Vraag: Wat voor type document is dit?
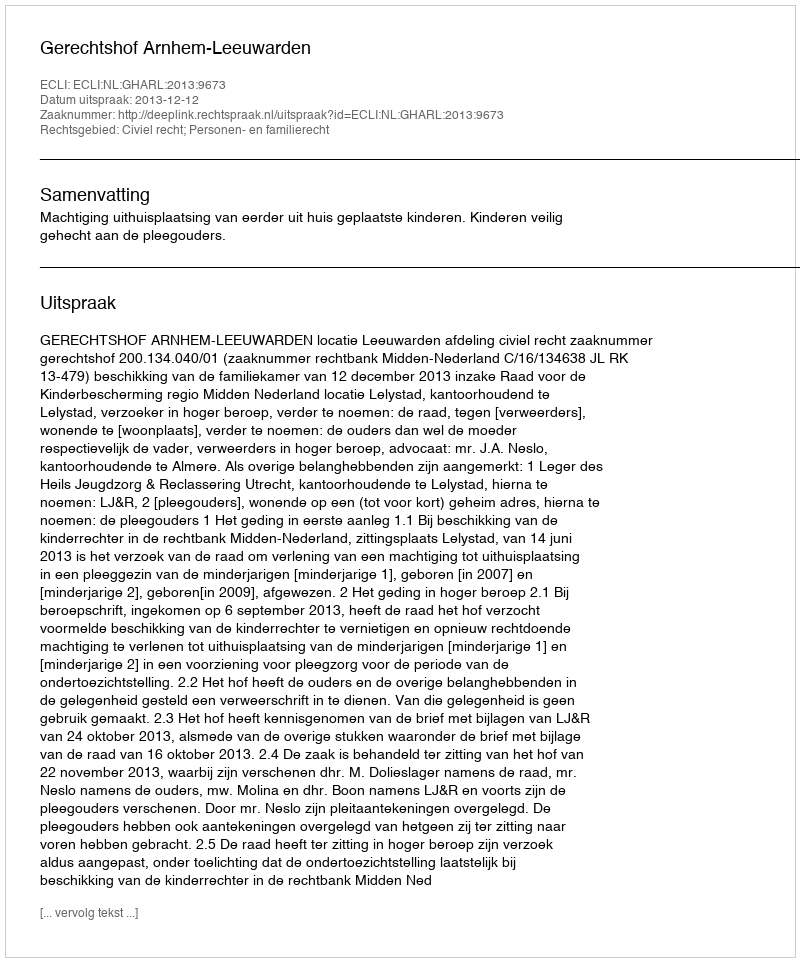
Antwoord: Uitspraak